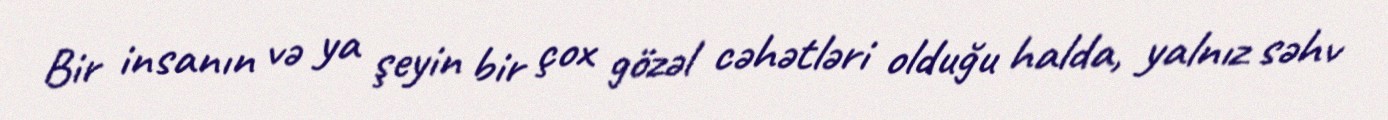
Bir insanın və ya şeyin bir çox gözəl cəhətləri olduğu halda, yalnız səhv